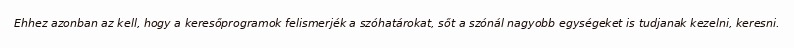
Ehhez azonban az kell, hogy a keresőprogramok felismerjék a szóhatárokat, sőt a szónál nagyobb egységeket is tudjanak kezelni, keresni.